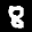
Label: 8